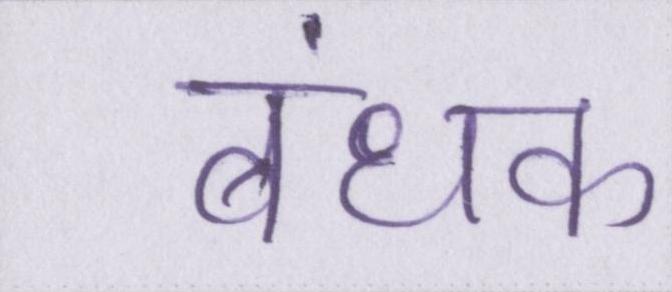
बंधक